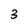
Character: 3